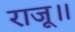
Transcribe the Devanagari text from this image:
राजू॥